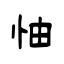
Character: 怞